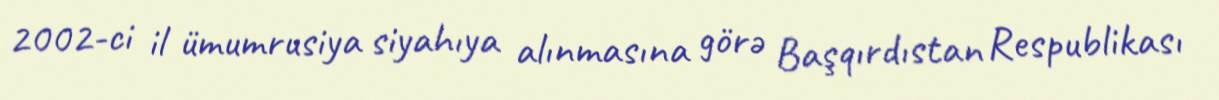
2002-ci il ümumrusiya siyahıya alınmasına görə Başqırdıstan Respublikası